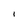
Character: l